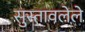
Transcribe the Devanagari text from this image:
सुस्तावलेले